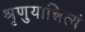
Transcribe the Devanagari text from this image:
श्रृणुयान्नित्यं